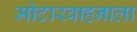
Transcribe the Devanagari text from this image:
मोटारवाहनाला